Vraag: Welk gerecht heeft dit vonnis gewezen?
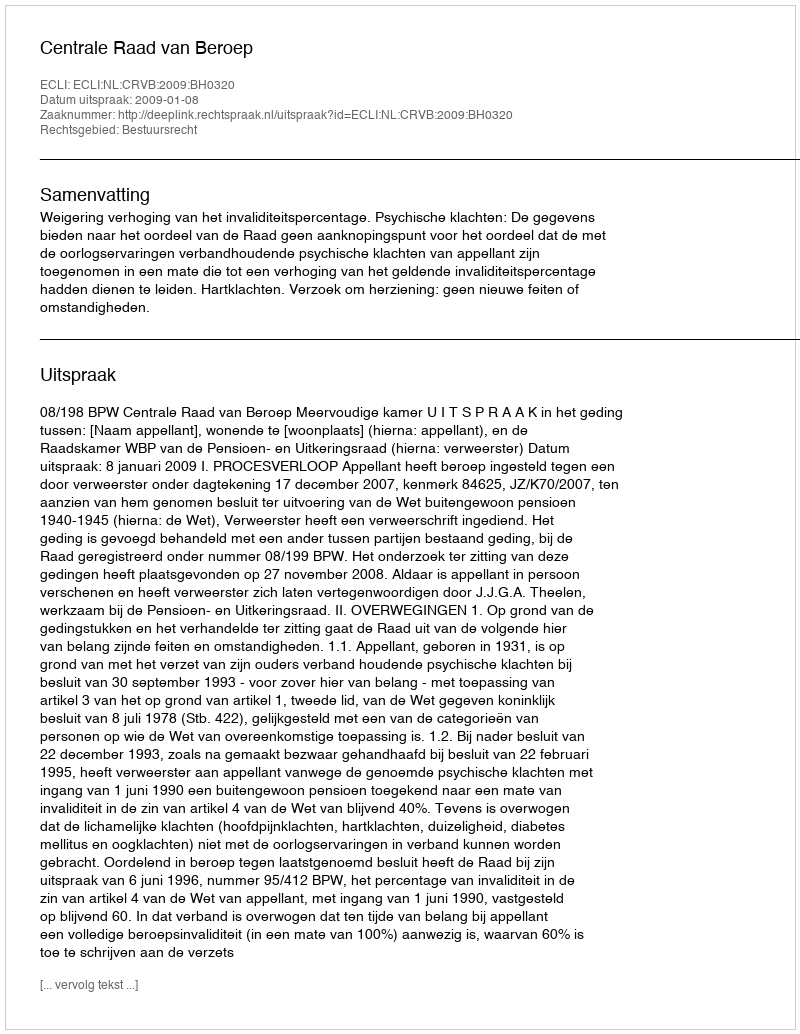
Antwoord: Centrale Raad van Beroep